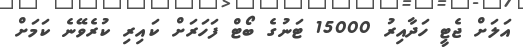
އަލަށް ޖެޓީ ހަދާއިރު 15000 ޓަނުގެ ބޯޓް ފަހަރަށް ކައިރި ކުރެވޭނެ ކަމަށް